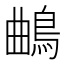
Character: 𱈦